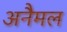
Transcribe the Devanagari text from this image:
अनैमल